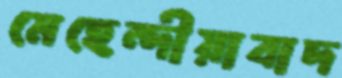
মেহেন্দীয়াবাদ